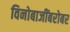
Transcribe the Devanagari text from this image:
विनोबाजींबरोबर